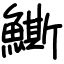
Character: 䲉